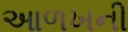
આળખની